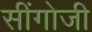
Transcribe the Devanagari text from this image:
सींगोजी